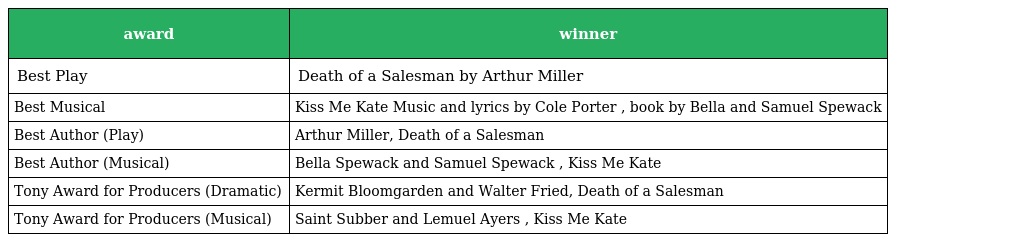
| award | winner |
 | --- | --- |
 | Best Play | Death of a Salesman by Arthur Miller |
 | Best Musical | Kiss Me Kate Music and lyrics by Cole Porter , book by Bella and Samuel Spewack |
 | Best Author (Play) | Arthur Miller, Death of a Salesman |
 | Best Author (Musical) | Bella Spewack and Samuel Spewack , Kiss Me Kate |
 | Tony Award for Producers (Dramatic) | Kermit Bloomgarden and Walter Fried, Death of a Salesman |
 | Tony Award for Producers (Musical) | Saint Subber and Lemuel Ayers , Kiss Me Kate |